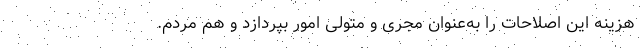
هزینه این اصلاحات را به‌عنوان مجری و متولی امور بپردازد و هم مردم.